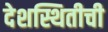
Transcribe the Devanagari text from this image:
देशस्थितीची